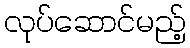
လုပ်ဆောင်မည့်